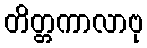
တိတ္တကာလာဗု